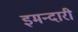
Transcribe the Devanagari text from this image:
इमन्दारी